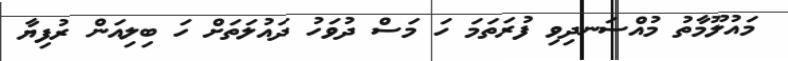
މައުލޫމާތު މުއްސަނދިވި ފުރަތަމަ ހަ މަސް ދުވަހު ދައުލަތަށް ހަ ބިލިއަން ރުފިޔާ